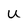
Character: U